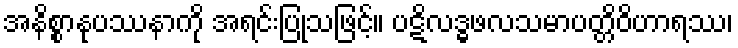
အနိစ္စာနုပဿနာကို အရင်းပြုသဖြင့်။ ပဋိလဒ္ဓဖလသမာပတ္တိဝိဟာရဿ၊